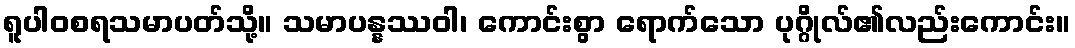
ရူပါဝစရသမာပတ်သို့။ သမာပန္နဿဝါ၊ ကောင်းစွာ ရောက်သော ပုဂ္ဂိုလ်၏လည်းကောင်း။